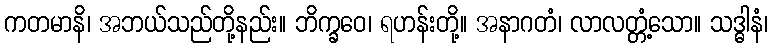
ကတမာနိ၊ အဘယ်သည်တို့နည်း။ ဘိက္ခဝေ၊ ရဟန်းတို့။ အနာဂတံ၊ လာလတ္တံ့သော။ သဒ္ဓါနံ၊